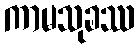
ကာမသုခဿ